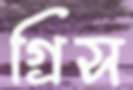
গ্রিস